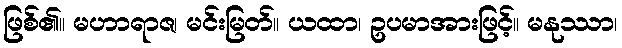
ဖြစ်၏။ မဟာရာဇ၊ မင်းမြတ်။ ယထာ၊ ဥပမာအားဖြင့်။ မနုဿာ၊